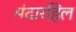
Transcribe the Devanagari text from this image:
मंदारहिल